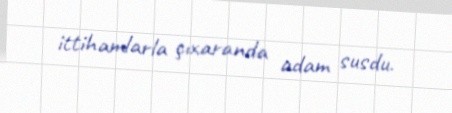
ittihamlarla çıxaranda adam susdu.